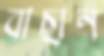
বাছান